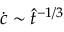
\dot { c } \sim \hat { t } ^ { - 1 / 3 }